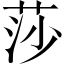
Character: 莎